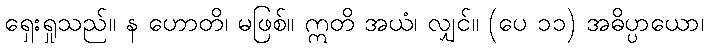
ရှေးရှုသည်။ န ဟောတိ၊ မဖြစ်။ ဣတိ အယံ၊ လျှင်။ (ပေ ၁၁) အဓိပ္ပာယော၊